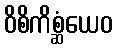
ဝိစိကိစ္ဆံယေဝ